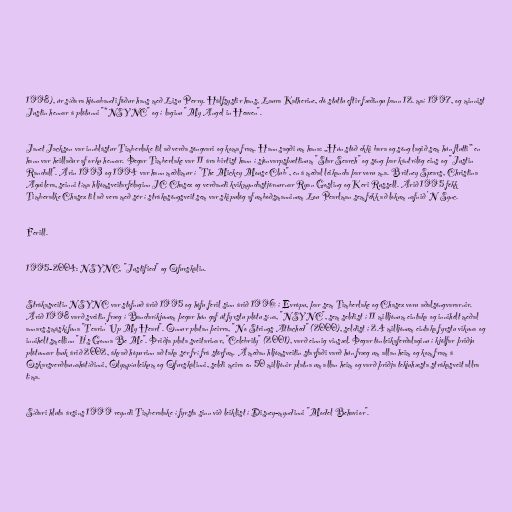
1998), úr síðara hjónabandi föður hans með Lisu Perry. Hálfsystir hans, Laura Katherine, dó stuttu eftir fæðingu þann 12. maí 1997, og minnist
Justin hennar á plötunni "*NSYNC" og í laginu "My Angel in Heaven".

Janet Jackson var innblástur Timberlake til að verða söngvari og koma fram. Hann sagði um hana: „Hún stóð ekki bara og söng lagið sem hún flutti” en
hann var heillaður af orku hennar. Þegar Timberlake var 11 ára birtist hann í sjónvarpsþættinum "Star Search" og söng þar kántrílög eins og "Justin
Randall". Árin 1993 og 1994 var hann meðlimur í "The Mickey Mouse Club", en á meðal leikanda þar voru m.a. Britney Spears, Christina
Aguilera, seinni tíma hljómsveitarfélaginn JC Chasez og verðandi kvikmyndastjörnurnar Ryan Gosling og Keri Russell. Árið 1995 fékk
Timberalke Chasez til að vera með sér í strákasöngsveit sem var skipulög af umboðsmanninum Lou Pearlman sem fékk að lokum nafnið 'N Sync.

Ferill.

1995-2004: NSYNC, "Justified" og Ofurskálin.

Strákasveitin NSYNC var stofnuð árið 1995 og hófu feril sinn árið 1996 í Evrópu, þar sem Timberlake og Chasez voru aðalsöngvararnir.
Árið 1998 varð sveitin fræg í Bandaríkjunum þegar hún gaf út fyrstu plötu sína, "NSYNC", sem seldist í 11 milljónum eintaka og innihélt meðal
annars smáskífuna "Tearin' Up My Heart". Önnur platan þeirra, "No Strings Attached" (2000), seldist í 2.4 milljónum eintaka fyrstu vikuna og
innihélt smellinn "It's Gonna Be Me". Þriðja plata sveitarinar, "Celebrity" (2001), varð einnig vinsæl. Þegar tónleikaferðalaginu í kjölfar þriðju
plötunnar lauk árið 2002, ákvað hópurinn að taka sér frí frá störfum. Á meðan hljómsveitin starfaði varð hún fræg um allan heim og kom fram á
Óskarsverðlaunahátíðinni, Ólympíuleikum og Ofurskálinni, seldi meira en 50 milljónir platna um allan heim og varð þriðja tekjuhæsta strákasveit allra
tíma.

Síðari hluta ársins 1999 reyndi Timberalake í fyrsta sinn við leiklist í Disney-myndinni "Model Behavior".